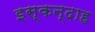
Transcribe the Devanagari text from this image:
इस्कन्दाह